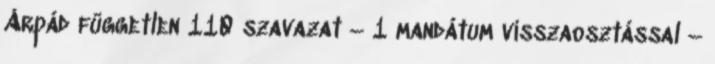
Árpád független 110 szavazat – 1 mandátum visszaosztással –